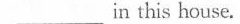
___ in this house.